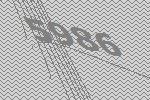
5986